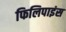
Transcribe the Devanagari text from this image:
फिलिपाइंस